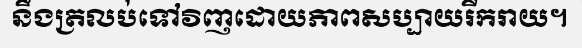
នឹងត្រលប់ទៅវិញដោយភាពសប្បាយរីករាយ។